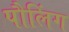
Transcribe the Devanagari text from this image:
पौलिंग